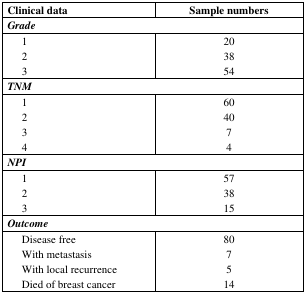
<table><thead><tr><td colspan="2"><b>Clinical data</b></td><td><b>Sample numbers</b></td></tr></thead><tbody><tr><td colspan="3"><b><i>Grade</i></b></td></tr><tr><td></td><td>1</td><td>20</td></tr><tr><td></td><td>2</td><td>38</td></tr><tr><td></td><td>3</td><td>54</td></tr><tr><td colspan="3"><b><i>TNM</i></b></td></tr><tr><td></td><td>1</td><td>60</td></tr><tr><td></td><td>2</td><td>40</td></tr><tr><td></td><td>3</td><td>7</td></tr><tr><td></td><td>4</td><td>4</td></tr><tr><td colspan="3"><b><i>NPI</i></b></td></tr><tr><td></td><td>1</td><td>57</td></tr><tr><td></td><td>2</td><td>38</td></tr><tr><td></td><td>3</td><td>15</td></tr><tr><td colspan="3"><b><i>Outcome</i></b></td></tr><tr><td></td><td>Disease free</td><td>80</td></tr><tr><td></td><td>With metastasis</td><td>7</td></tr><tr><td></td><td>With local recurrence</td><td>5</td></tr><tr><td></td><td>Died of breast cancer</td><td>14</td></tr></tbody></table>